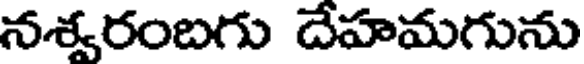
నశ్వరంబగు దేహమగును